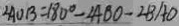
\angle A O B = 1 8 0 ^ { \circ } - \angle A B O - \angle B A D